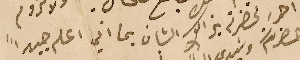
ان احرر لحضرته بذاك الشان بما اني اعلم جيداً